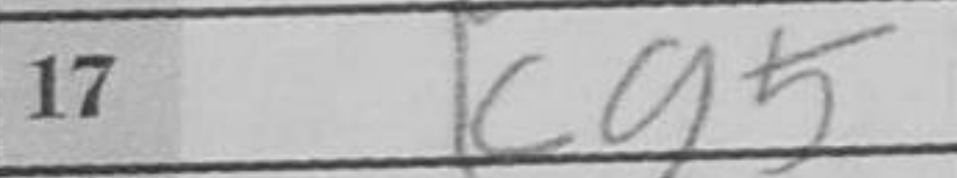
Transcription: Kg5